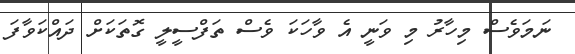
ނަމަވެސް މިހާރު މި ވަނީ އެ ވާހަކަ ވެސް ތަފްސީލީ ގޮތަކަށް ދައްކަވާފަ